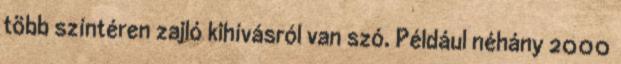
több színtéren zajló kihívásról van szó. Például néhány 2000